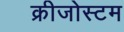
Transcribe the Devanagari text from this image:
क्रीजोस्टम